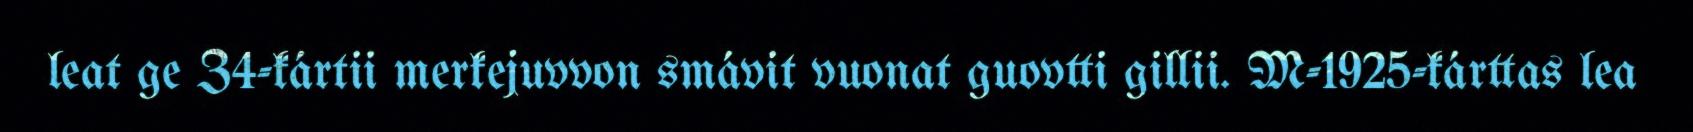
leat ge Z4-kártii merkejuvvon smávit vuonat guovtti gillii. M-1925-kárttas lea